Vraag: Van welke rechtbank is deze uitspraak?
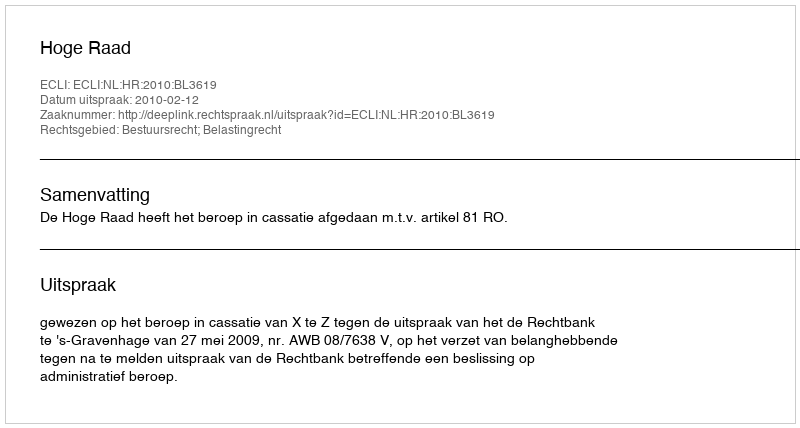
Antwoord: Hoge Raad